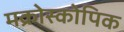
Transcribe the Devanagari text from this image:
मक्रोस्कोपिक